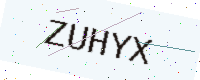
Text: ZUHYX